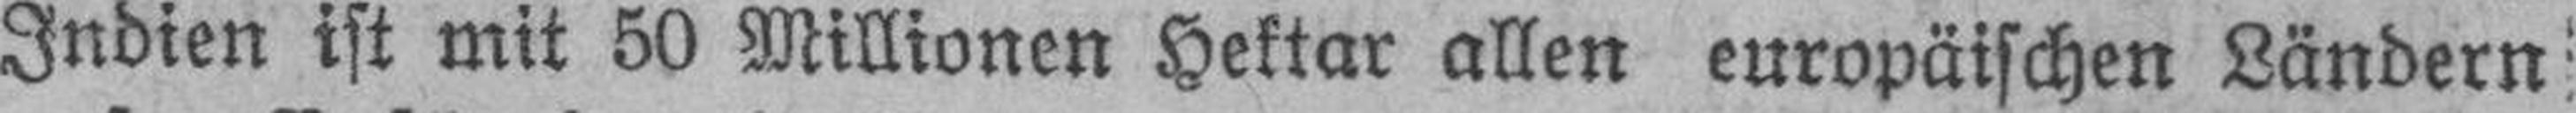
Indien ist mit 50 Millionen Hektar allen europäischen Ländern